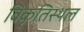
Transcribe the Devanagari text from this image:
विकृतिस्थल